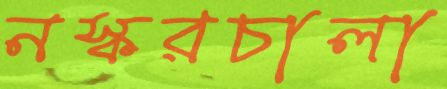
নস্করচালা